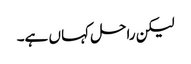
لیکن راحل کہا ں ہے۔